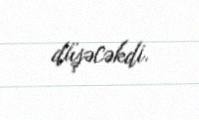
düşəcəkdi.